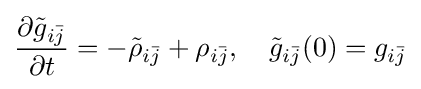
{\frac {\partial {\tilde {g}}_{i{\bar {j}}}}{\partial t}}=-{\tilde {\rho }}_{i{\bar {j}}}+\rho _{i{\bar {j}}},\quad {\tilde {g}}_{i{\bar {j}}}(0)=g_{i{\bar {j}}}